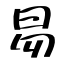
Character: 易